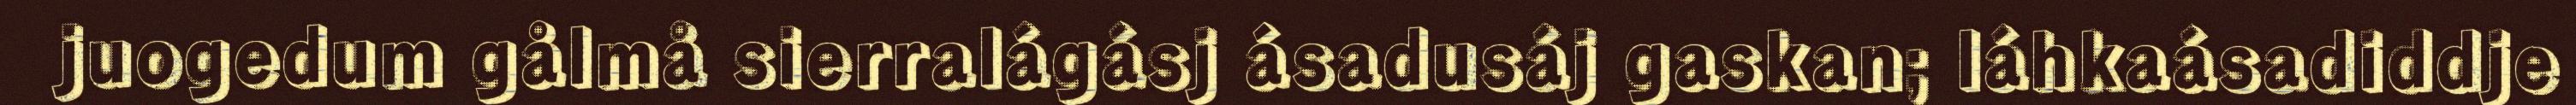
juogedum gålmå sierralágásj ásadusáj gaskan; láhkaásadiddje